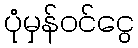
ပုံမှန်ဝင်ငွေ